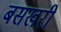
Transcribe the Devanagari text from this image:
बसखरी